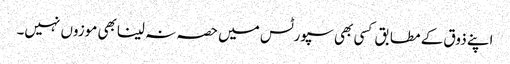
اپنے ذوق کے مطابق کسی بھی سپورٹس میں حصہ نہ لینابھی موزوں نہیں۔